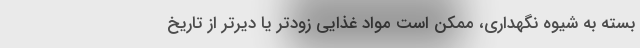
بسته به شیوه نگهداری، ممکن است مواد غذایی زودتر یا دیرتر از تاریخ